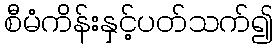
စီမံကိန်းနှင့်ပတ်သက်၍